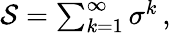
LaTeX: \begin{array}{r}{\mathcal{S}=\sum_{k=1}^{\infty}\sigma^{k}\, ,}\end{array}